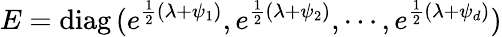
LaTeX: E=\mathrm{diag}\, (e^{{\frac{1}{2}}(\lambda+\psi_{1})},e^{{\frac{1}{2}}(\lambda+\psi_{2})},\cdots,e^{{\frac{1}{2}}(\lambda+\psi_{d})})